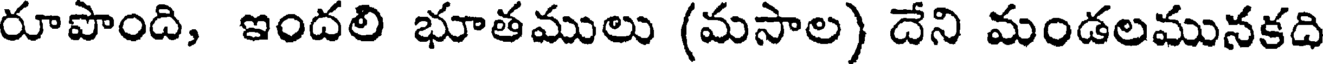
రూపొంది, ఇందలి భూతములు (మసాల) దేని మండలమునకది